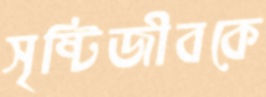
সৃষ্টিজীবকে